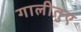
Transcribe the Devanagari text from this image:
गालीतुए